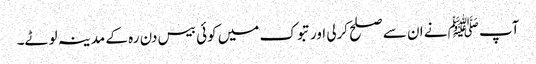
آپ ﷺنے ان سے صلح کرلی اور تبوک میں کوئی بیس دن رہ کے مدینہ لوٹے۔